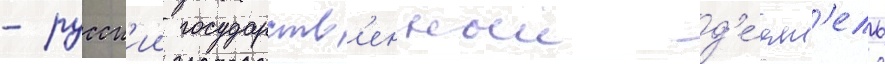
- русск'ии государств'енныи д'е́ят'ель